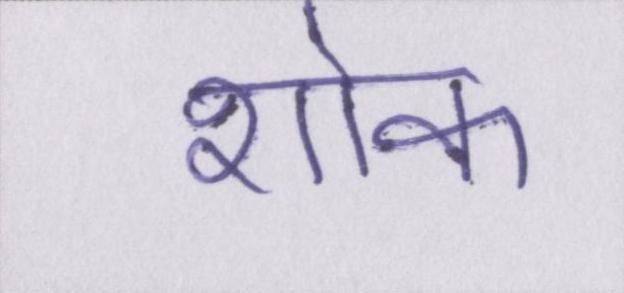
शोक